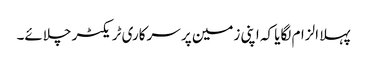
پہلا الزام لگایا کہ اپنی زمین پر سرکاری ٹریکٹر چلائے۔